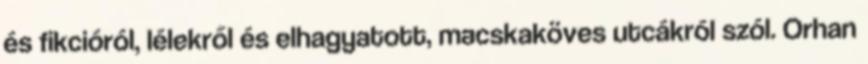
és fikcióról, lélekről és elhagyatott, macskaköves utcákról szól. Orhan